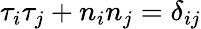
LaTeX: \tau_{i}\tau_{j}+n_{i}n_{j}=\delta_{ij}